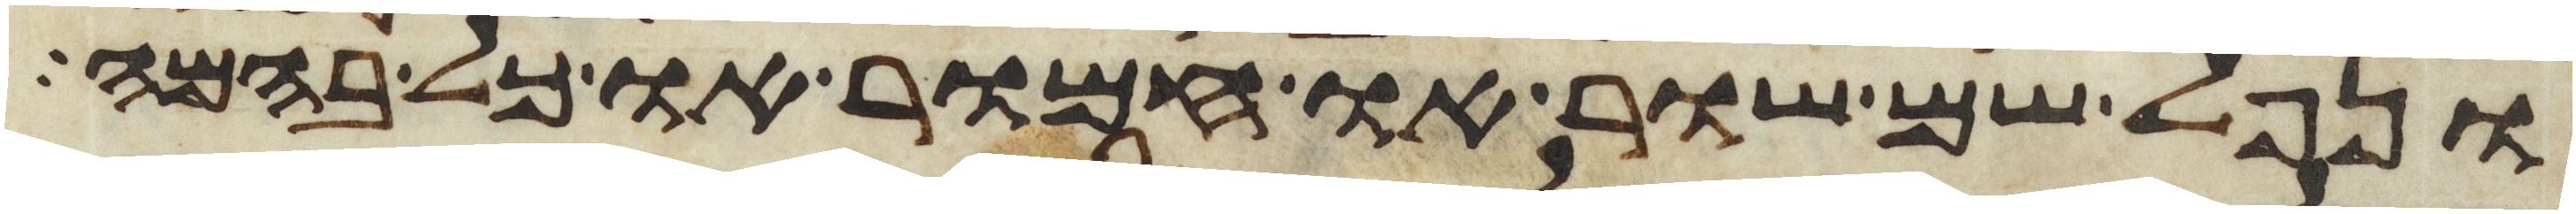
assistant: ונפל שם שור או חמור או כל בהמה